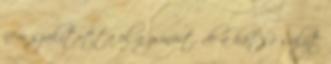
nem szakította el a zsinórt, de a hátsó súlyt